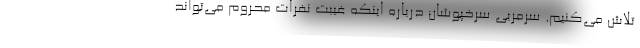
تلاش می‌کنیم. سرمربی سرخپوشان درباره اینکه غیبت نفرات محروم می‌تواند